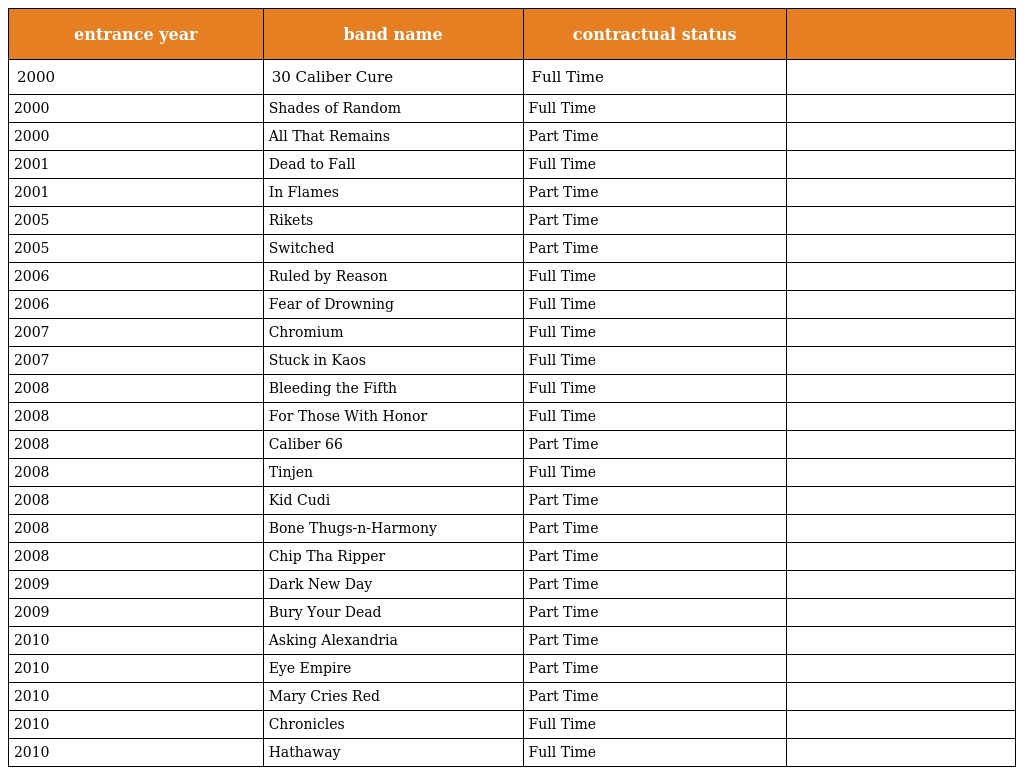
| entrance year | band name | contractual status |  |
 | --- | --- | --- | --- |
 | 2000 | 30 Caliber Cure | Full Time |  |
 | 2000 | Shades of Random | Full Time |  |
 | 2000 | All That Remains | Part Time |  |
 | 2001 | Dead to Fall | Full Time |  |
 | 2001 | In Flames | Part Time |  |
 | 2005 | Rikets | Part Time |  |
 | 2005 | Switched | Part Time |  |
 | 2006 | Ruled by Reason | Full Time |  |
 | 2006 | Fear of Drowning | Full Time |  |
 | 2007 | Chromium | Full Time |  |
 | 2007 | Stuck in Kaos | Full Time |  |
 | 2008 | Bleeding the Fifth | Full Time |  |
 | 2008 | For Those With Honor | Full Time |  |
 | 2008 | Caliber 66 | Part Time |  |
 | 2008 | Tinjen | Full Time |  |
 | 2008 | Kid Cudi | Part Time |  |
 | 2008 | Bone Thugs-n-Harmony | Part Time |  |
 | 2008 | Chip Tha Ripper | Part Time |  |
 | 2009 | Dark New Day | Part Time |  |
 | 2009 | Bury Your Dead | Part Time |  |
 | 2010 | Asking Alexandria | Part Time |  |
 | 2010 | Eye Empire | Part Time |  |
 | 2010 | Mary Cries Red | Part Time |  |
 | 2010 | Chronicles | Full Time |  |
 | 2010 | Hathaway | Full Time |  |